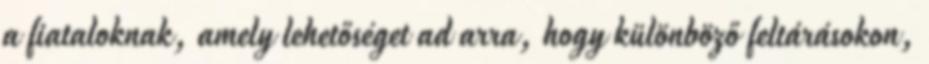
a fiataloknak, amely lehetőséget ad arra, hogy különböző feltárásokon,